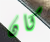
كان